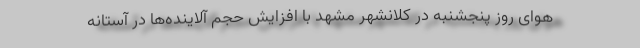
هوای روز پنجشنبه در کلانشهر مشهد با افزایش حجم آلاینده‌ها در آستانه